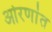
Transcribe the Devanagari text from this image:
ओरणांत